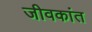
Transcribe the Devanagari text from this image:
जीवकांत